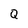
Character: Q